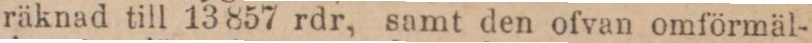
räknad till 13 857 rdr, samt den ofvan omförmäl-